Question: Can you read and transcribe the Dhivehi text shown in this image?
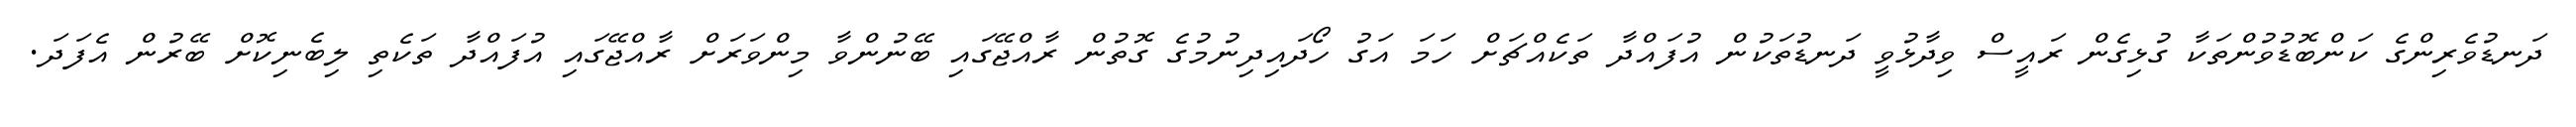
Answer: ދަނޑުވެރިންގެ ކަންބޮޑުވުންތަކާ ގުޅިގެން ރައީސް ވިދާޅުވީ ދަނޑުތަކުން އުފައްދާ ތަކެއްޗަށް ހަމަ އަގު ހޯދައިދިނުމުގެ ގޮތުން ރާއްޖޭގައި ބޭނުންވާ މިންވަރަށް ރާއްޖޭގައި އުފައްދާ ތަކެތި ލިބެނިކޮށް ބޭރުން އެފަދަ.